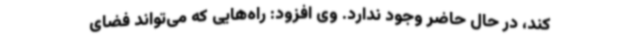
کند، در حال حاضر وجود ندارد. وی افزود: راه‌هایی که می‌تواند فضای